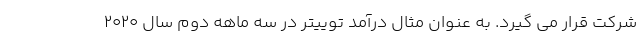
شرکت قرار می گیرد. به عنوان مثال درآمد توییتر در سه ماهه دوم سال ۲۰۲۰